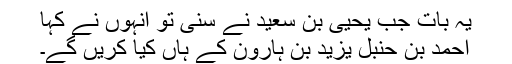
یہ بات جب یحییٰ بن سعید نے سنی تو انہوں نے کہا
احمد بن حنبل یزید بن ہارون کے ہاں کیا کریں گے۔